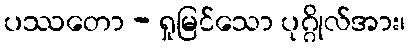
ပဿတော - ရှုမြင်သော ပုဂ္ဂိုလ်အား၊